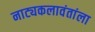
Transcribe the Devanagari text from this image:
नाट्यकलावंतांला